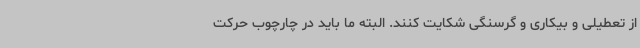
از تعطیلی و بیکاری و گرسنگی شکایت کنند. البته ما باید در چارچوب حرکت